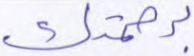
برحمتك